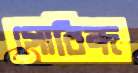
গোবিন্দ